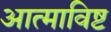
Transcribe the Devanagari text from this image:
आत्माविष्ट